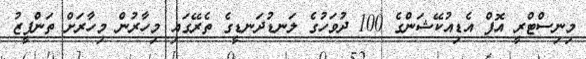
މިނިސްޓްރީ އޮފް އެޑިއުކޭޝަންގެ 100 ދުވަހުގެ ލަނޑުދަނޑީގެ ތެރޭގައި މިހާރުން މިހާރަށް ތަންފީޒު